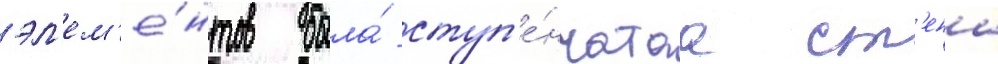
эл'ем'е́нтов была́ ступ'е́нчатаа ст'ена